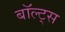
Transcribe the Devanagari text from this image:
बॉल्ट्स